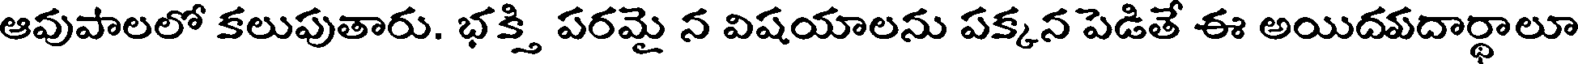
ఆవుపాలలో కలుపుతారు. భక్తి పరమై న విషయాలను పక్కన పెడితే ఈ అయిదవదార్థాలూ